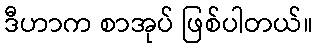
ဒီဟာက စာအုပ် ဖြစ်ပါတယ်။